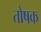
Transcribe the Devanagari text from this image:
तोषक